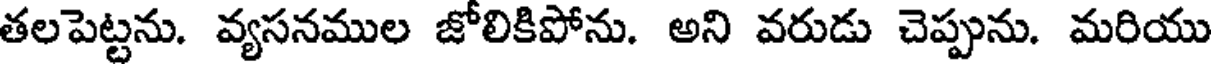
తలపెట్టను. వ్యసనముల జోలికిపోను. అని వరుడు చెప్పును. మరియు